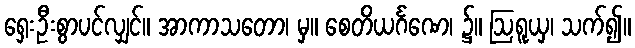
ရှေးဦးစွာပင်လျှင်။ အာကာသတော၊ မှ။ စေတိယင်္ဂဏေ၊ ၌။ ဩရူယှ၊ သက်၍။